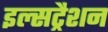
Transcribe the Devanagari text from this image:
इल्सट्रैशन